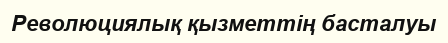
Революциялық қызметтің басталуы